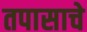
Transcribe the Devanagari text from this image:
तपासाचे